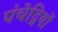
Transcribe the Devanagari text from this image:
पंचेद्रियों